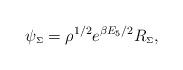
LaTeX: \begin{align*}\psi_{\scriptscriptstyle \Sigma}=\rho^{1/2} e^{\beta E_{5} /2}R_{\scriptscriptstyle \Sigma},\end{align*}